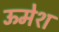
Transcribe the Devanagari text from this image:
ऊमेश